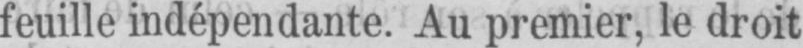
feuille indépendante. Au premier, le droit